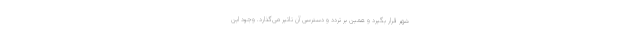
شهر قرار بگیرد و همین بر تردد و دسترسی آن تاثیر می‌گذارد. وجود این